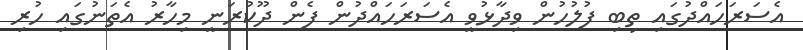
އެސަރަހައްދުގައި ތިބި ފުލުހުން ވިދާޅުވީ އެސަރަހައްދުން ފެން ދޫކުރަނީ މިހާރު އެތަނުގައި ހުރި